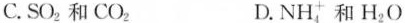
C.SO_{2}和CO_{2} D.NH_{4}^{+}和H_{2}O